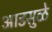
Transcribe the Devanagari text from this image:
आडसुळे